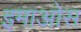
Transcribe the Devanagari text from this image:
इमाओस